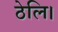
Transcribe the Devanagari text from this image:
ठेलि।